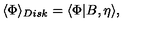
\langle \Phi \rangle _ { D i s k } = \langle \Phi | B , \eta \rangle ,